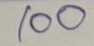
100